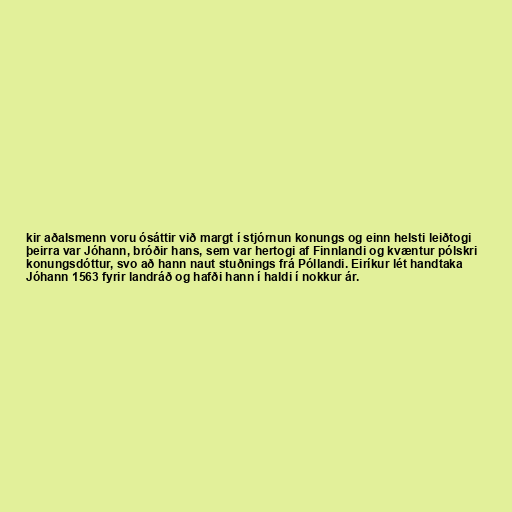
kir aðalsmenn voru ósáttir við margt í stjórnun konungs og einn helsti leiðtogi
þeirra var Jóhann, bróðir hans, sem var hertogi af Finnlandi og kvæntur pólskri
konungsdóttur, svo að hann naut stuðnings frá Póllandi. Eiríkur lét handtaka
Jóhann 1563 fyrir landráð og hafði hann í haldi í nokkur ár.